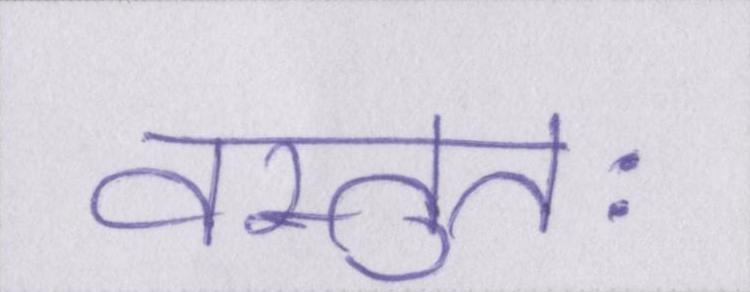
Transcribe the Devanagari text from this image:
वस्तुतः